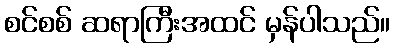
စင်စစ် ဆရာကြီးအထင် မှန်ပါသည်။